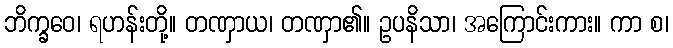
ဘိက္ခဝေ၊ ရဟန်းတို့။ တဏှာယ၊ တဏှာ၏။ ဥပနိသာ၊ အကြောင်းကား။ ကာ စ၊